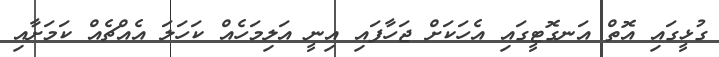
ގުޅީގައި އޮތް އަނގޮޓީގައި އެހަކަށް ޖަހާފައި އިނީ އަލިމަހެއް ކަހަލަ އެއްޗެއް ކަމަށާއި